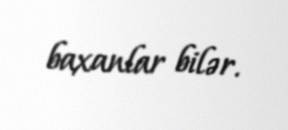
baxanlar bilər.